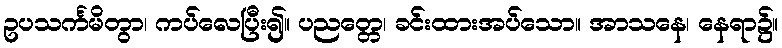
ဥပသင်္ကမိတွာ၊ ကပ်လေပြီး၍။ ပညတ္တေ၊ ခင်းထားအပ်သော။ အာသနေ၊ နေရာ၌။